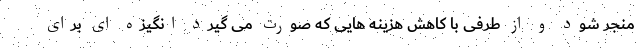
منجر شود و از طرفی با کاهش هزینه هایی که صورت می گیرد انگیزه ای برای